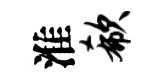
淮欷